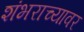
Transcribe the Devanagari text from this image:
शंभराच्यावर